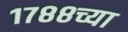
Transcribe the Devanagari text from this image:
१७८८च्या